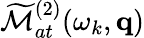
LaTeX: \widetilde{\cal M}_{at}^{(2)}(\omega_{k},\mathbf{q})